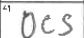
Transcription: OCS